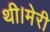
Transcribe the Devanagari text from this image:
थी।मेरी